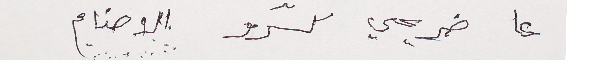
عا ضريحي كسّرو الاصنام